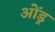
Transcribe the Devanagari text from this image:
ओंड्र